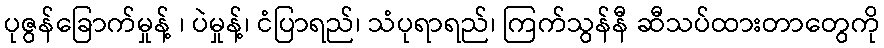
ပုဇွန်ခြောက်မှုန့် ၊ ပဲမှုန့်၊ ငံပြာရည်၊ သံပုရာရည်၊ ကြက်သွန်နီ ဆီသပ်ထားတာတွေကို